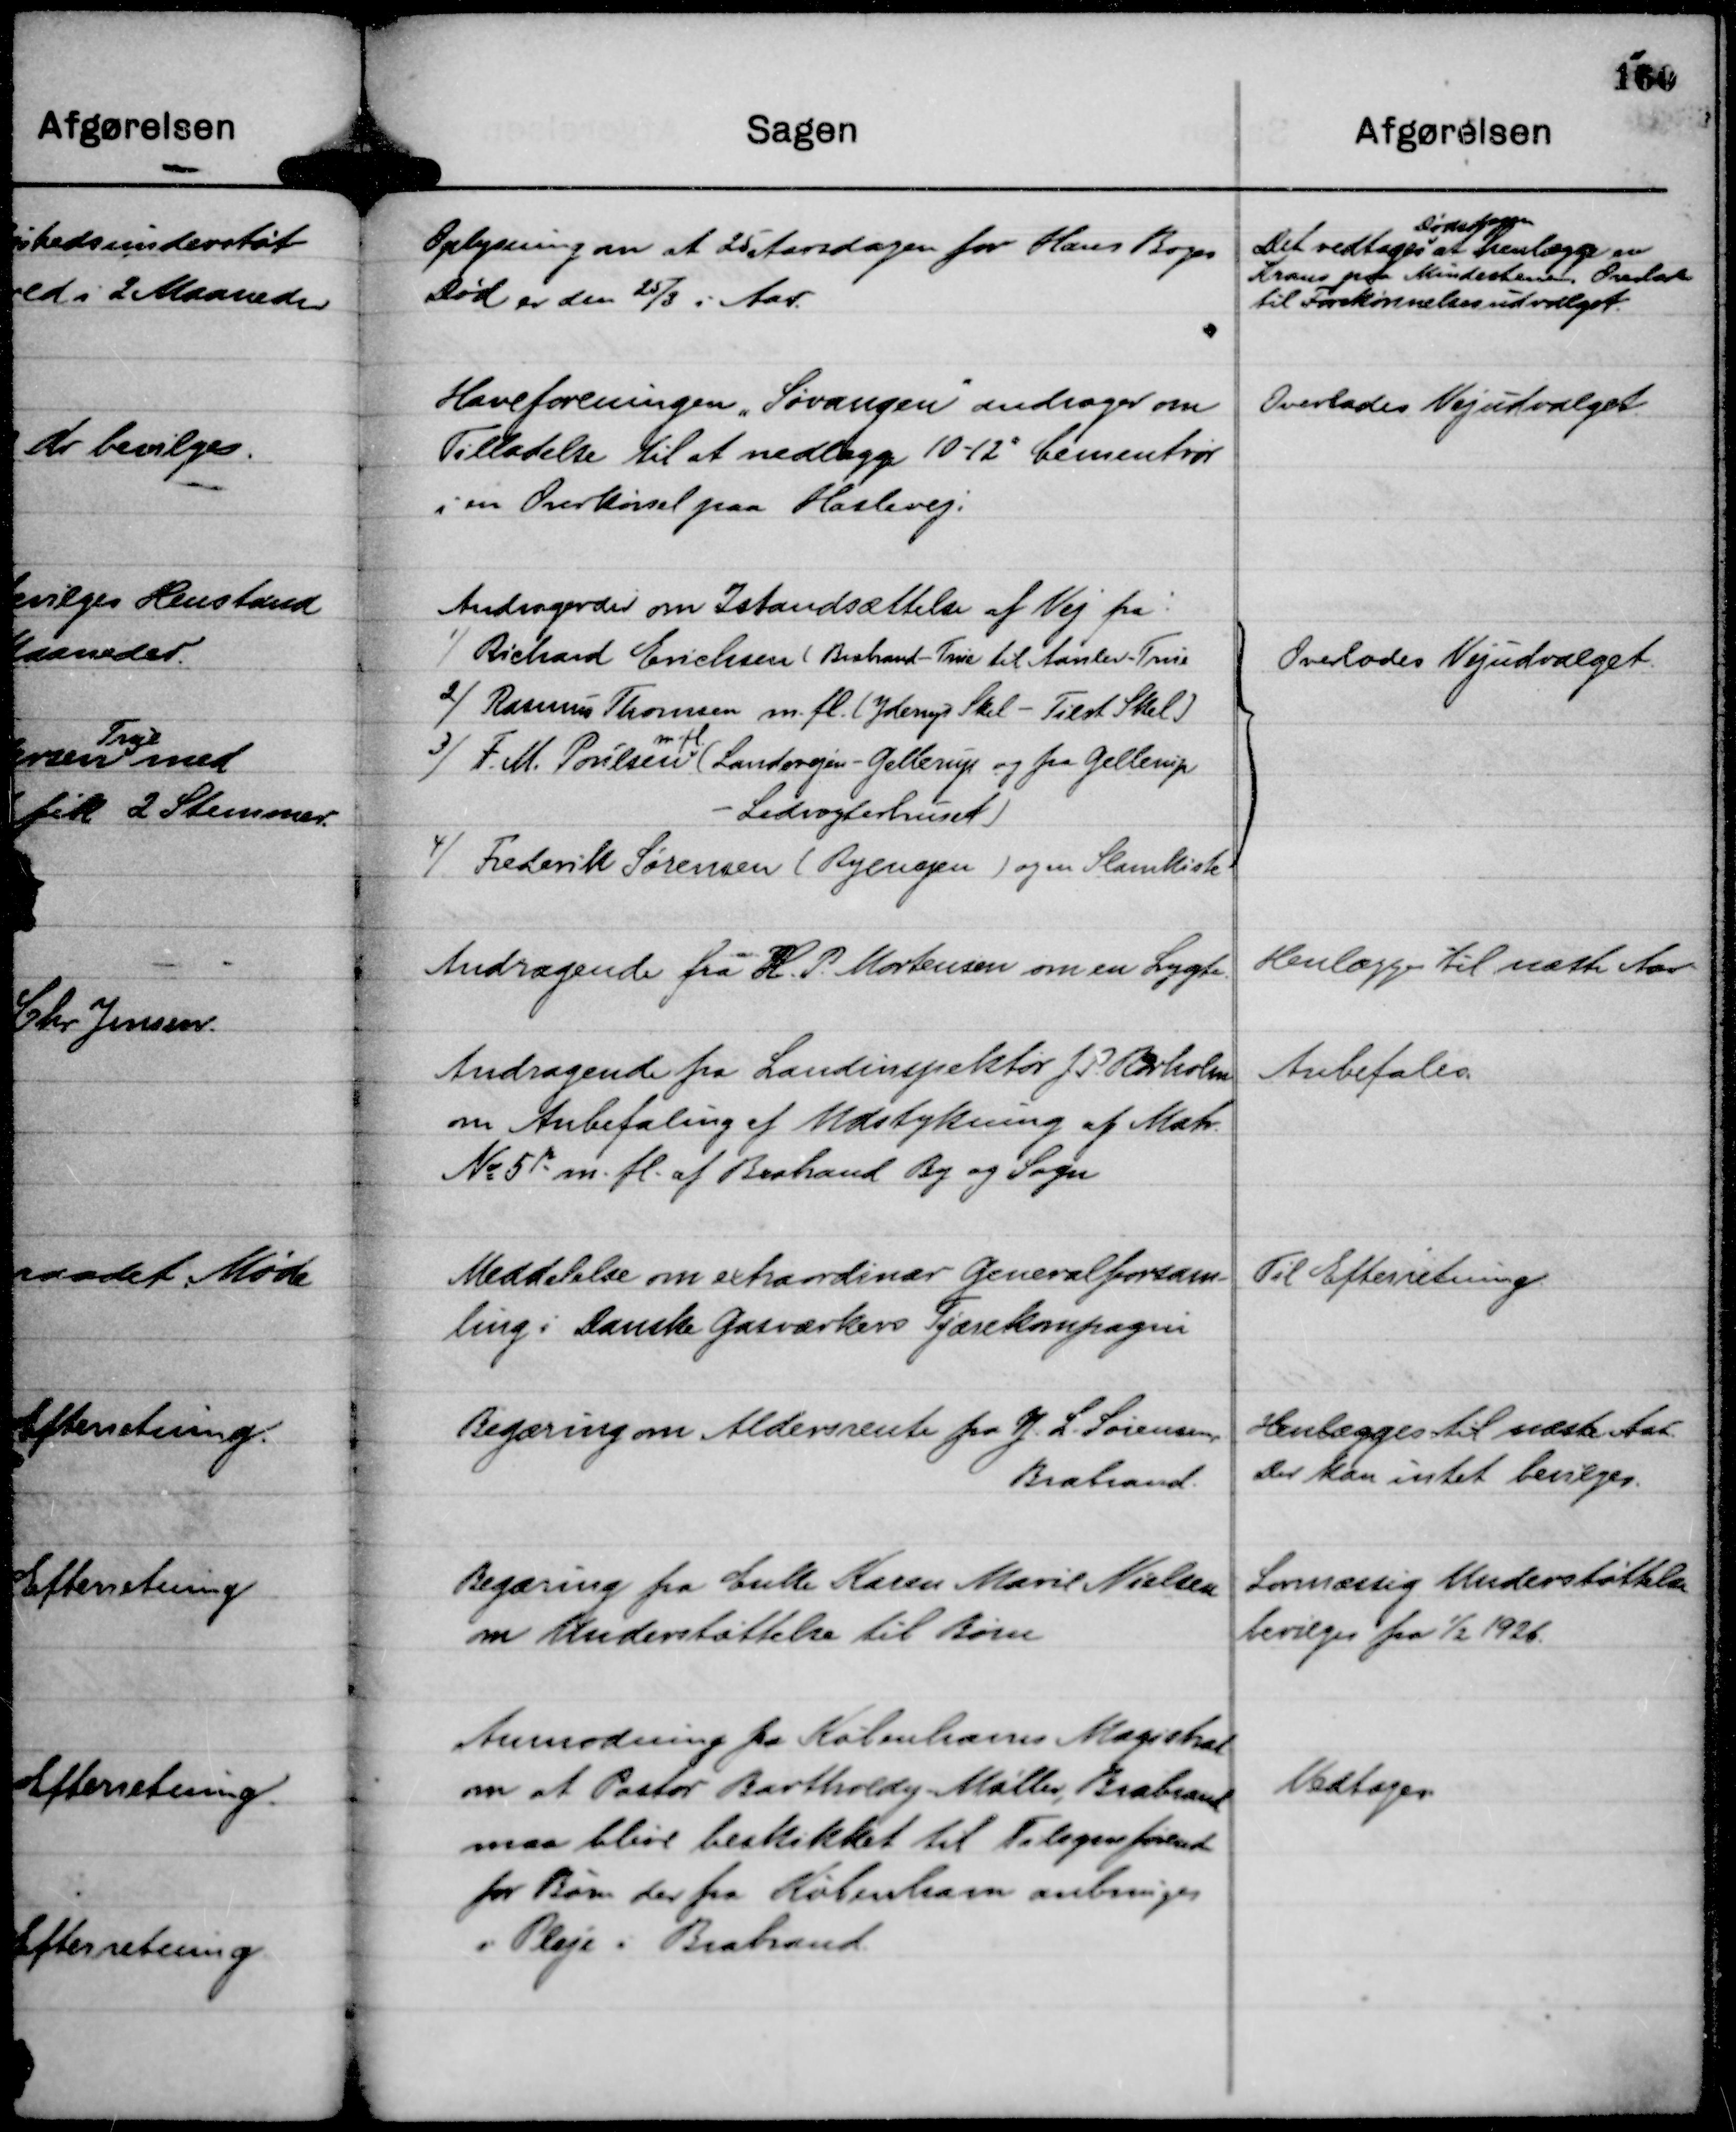
Transskription:
Oplysning om at 25 Aarsdagen for Hans Boges
Død er den 25/3 i Aar.

Det vedtages
Dødsdagen
at henlægge en
Krans paa Mindestenen, Overlades
til Forskønnelsesudvalget.

Haveforeningen "Søvangen"

andrager om
Tilladelse til at nedlægge 10-12" Cementrør
i en Overkørsel paa Haslevej.

Overlades Vejudvalget.

Andragender om Istandsættelse af Vej fra:
1)
Richard Erichsen ( Brabrand - True til Aarslev - True
2)
Rasmus Thomsen m. fl. ( Yderup Skel - Tilst Skel )
3)
F. M. Poulsen
m. fl.
( Landevejen - Gellerup og fra Gellerup
- Ledvogterhuset )
4)
Frederik Sørensen ( Ryvangen ) og en Slamkiste

Overlades Vejudvalget.

Andragende fra H. P. Mortensen om en Lygte.

Henlægges til næste Aar

Andragende fra Landinspektør J P. Rørholm
om Anbefaling af Udstykning af Matr.
No 5 p m. fl. af Brabrand By og Sogn

Anbefales.

Meddelelse om extraordinær Generalforsam-
ling i Danske Gasværkers Tjærekompagni

Til Efterretning.

Begæring om Aldersrente fra J. L. Sørensen,
Brabrand.

Henlægges til næste Aar.
Der kan intet bevilges.

Begæring fra Enke Karen Marie Nielsen
om Understøttelse til Børn

Lovmæssig Understøttelse
bevilges fra

1/2 1926.

Anmodning fra Københavns Magistrat
om at Pastor Bartholdy - Møller, Brabrand
maa blive beskikket til Tilsynsførende
for Børn der fra København anbringes
i Pleje i Brabrand.

Vedtoges.